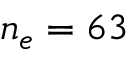
n _ { e } = 6 3